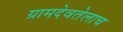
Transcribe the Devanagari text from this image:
ग्रामदेवतेलाच